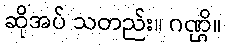
ဆိုအပ် သတည်း။ ဂဏ္ဌိ။